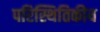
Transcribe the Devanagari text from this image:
परिस्थितिकीय